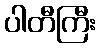
ပါတီကြီး